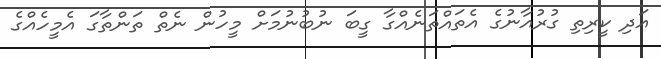
އަދި ކީރިތި ގުރުއާނުގެ އެތައްތަނެއްގާ ގީބަ ނުބުނުމަށް މީހުން ނެތް ތަންތާގަ އެމީހެއްގެ